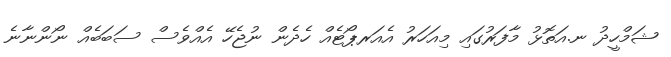
ޝަމްހީދު ނ.އަތޮޅު މާފަރުގައި މިއަހަރު އެއަރޕޯޓެއް ހެދެން ނުޖެހޭ އެއްވެސް ސަބަބެއް ނޯންނާނެ